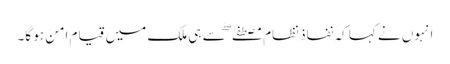
انہوں نے کہا کہ نفاذ نظام مصطفےٰ ۖ سے ہی ملک میں قیام امن ہو گا۔